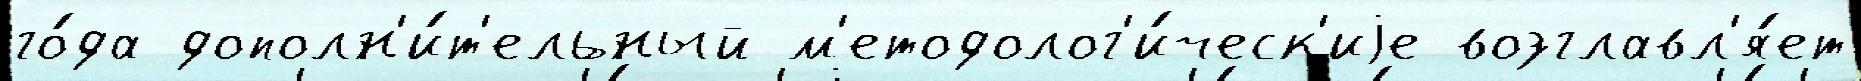
го́да дополн'и́т'ельный м'етодолог'и́ческ'иjе возглавл'я́ет